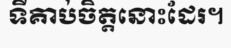
ទីគាប់ចិត្តនោះដែរ។